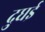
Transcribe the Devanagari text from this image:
दुघई